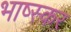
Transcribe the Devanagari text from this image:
भाष्स्कर